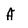
Character: A